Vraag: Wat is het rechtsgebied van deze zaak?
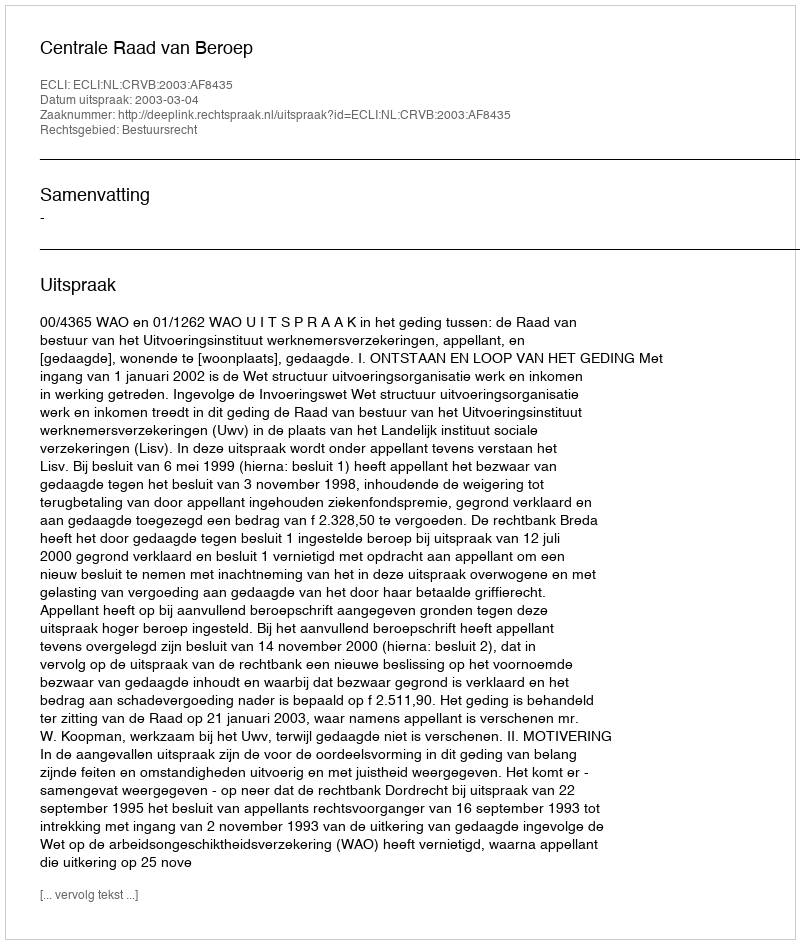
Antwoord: Bestuursrecht